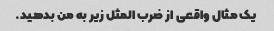
یک مثال واقعی از ضرب المثل زیر به من بدهید.